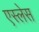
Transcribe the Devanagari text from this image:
एस्लेस